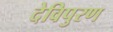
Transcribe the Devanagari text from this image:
देविपुरण